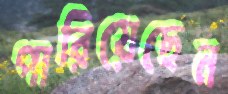
পারিয়েছেন